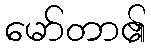
မော်တာ၏